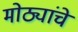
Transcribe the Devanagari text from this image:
मोठ्यांचे